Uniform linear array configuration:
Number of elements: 4
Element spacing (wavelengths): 0.25
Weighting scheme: hann
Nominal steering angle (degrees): -15
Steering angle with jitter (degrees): -13.995
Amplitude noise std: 0.05
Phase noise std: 0.05

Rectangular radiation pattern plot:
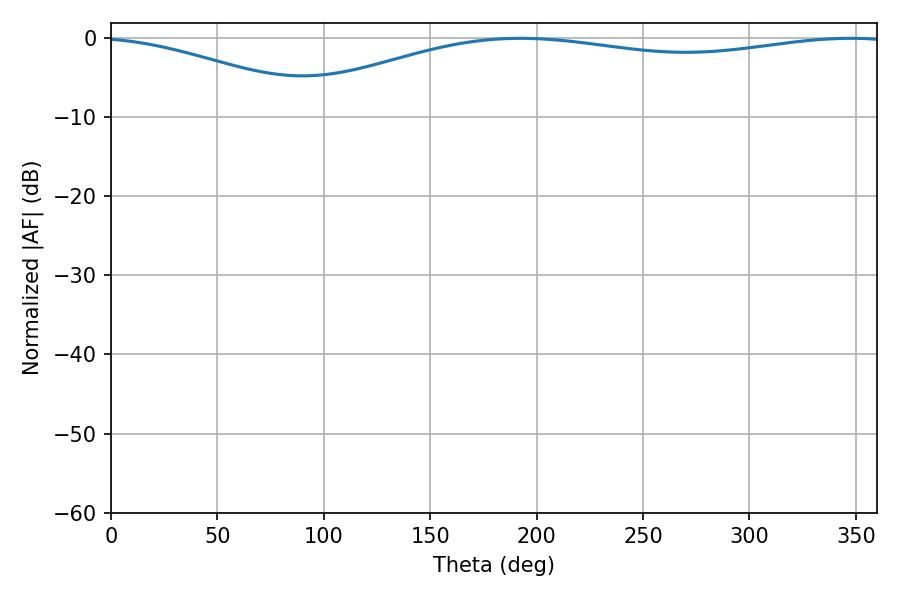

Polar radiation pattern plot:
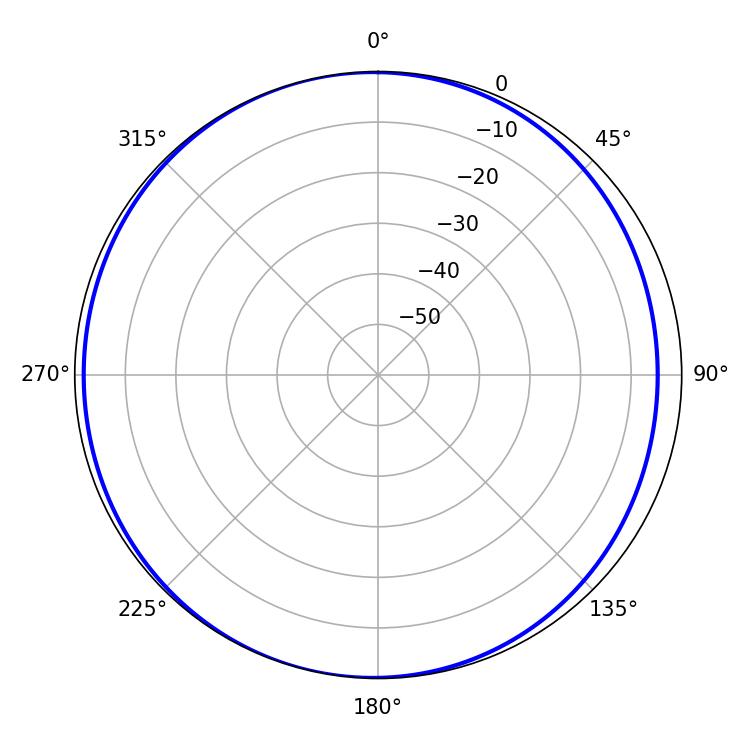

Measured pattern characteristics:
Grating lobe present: FALSE
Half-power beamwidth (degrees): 231.66
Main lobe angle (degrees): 192.42